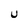
Character: U